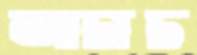
আটাট